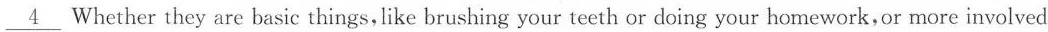
\underline{4} Whether they are basic things,like brushing your teeth or doing your homework,or more involved